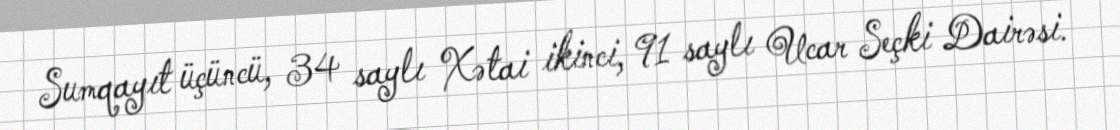
Sumqayıt üçüncü, 34 saylı Xətai ikinci, 91 saylı Ucar Seçki Dairəsi.